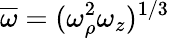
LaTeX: \overline{{\omega}}=(\omega_{\rho}^{2}\omega_{z})^{1/3}